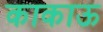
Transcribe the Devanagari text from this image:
काकाऊ